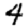
Digit: 4